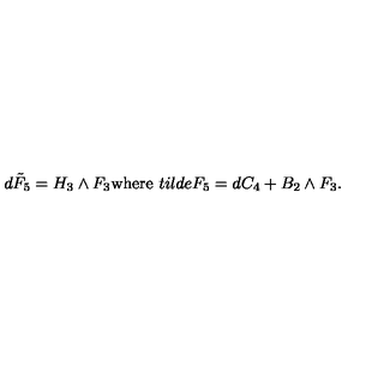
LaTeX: d \tilde { F } _ { 5 } = H _ { 3 } \wedge F _ { 3 } \mathrm { w h e r e } \ t i l d e { F } _ { 5 } = d C _ { 4 } + B _ { 2 } \wedge F _ { 3 } .